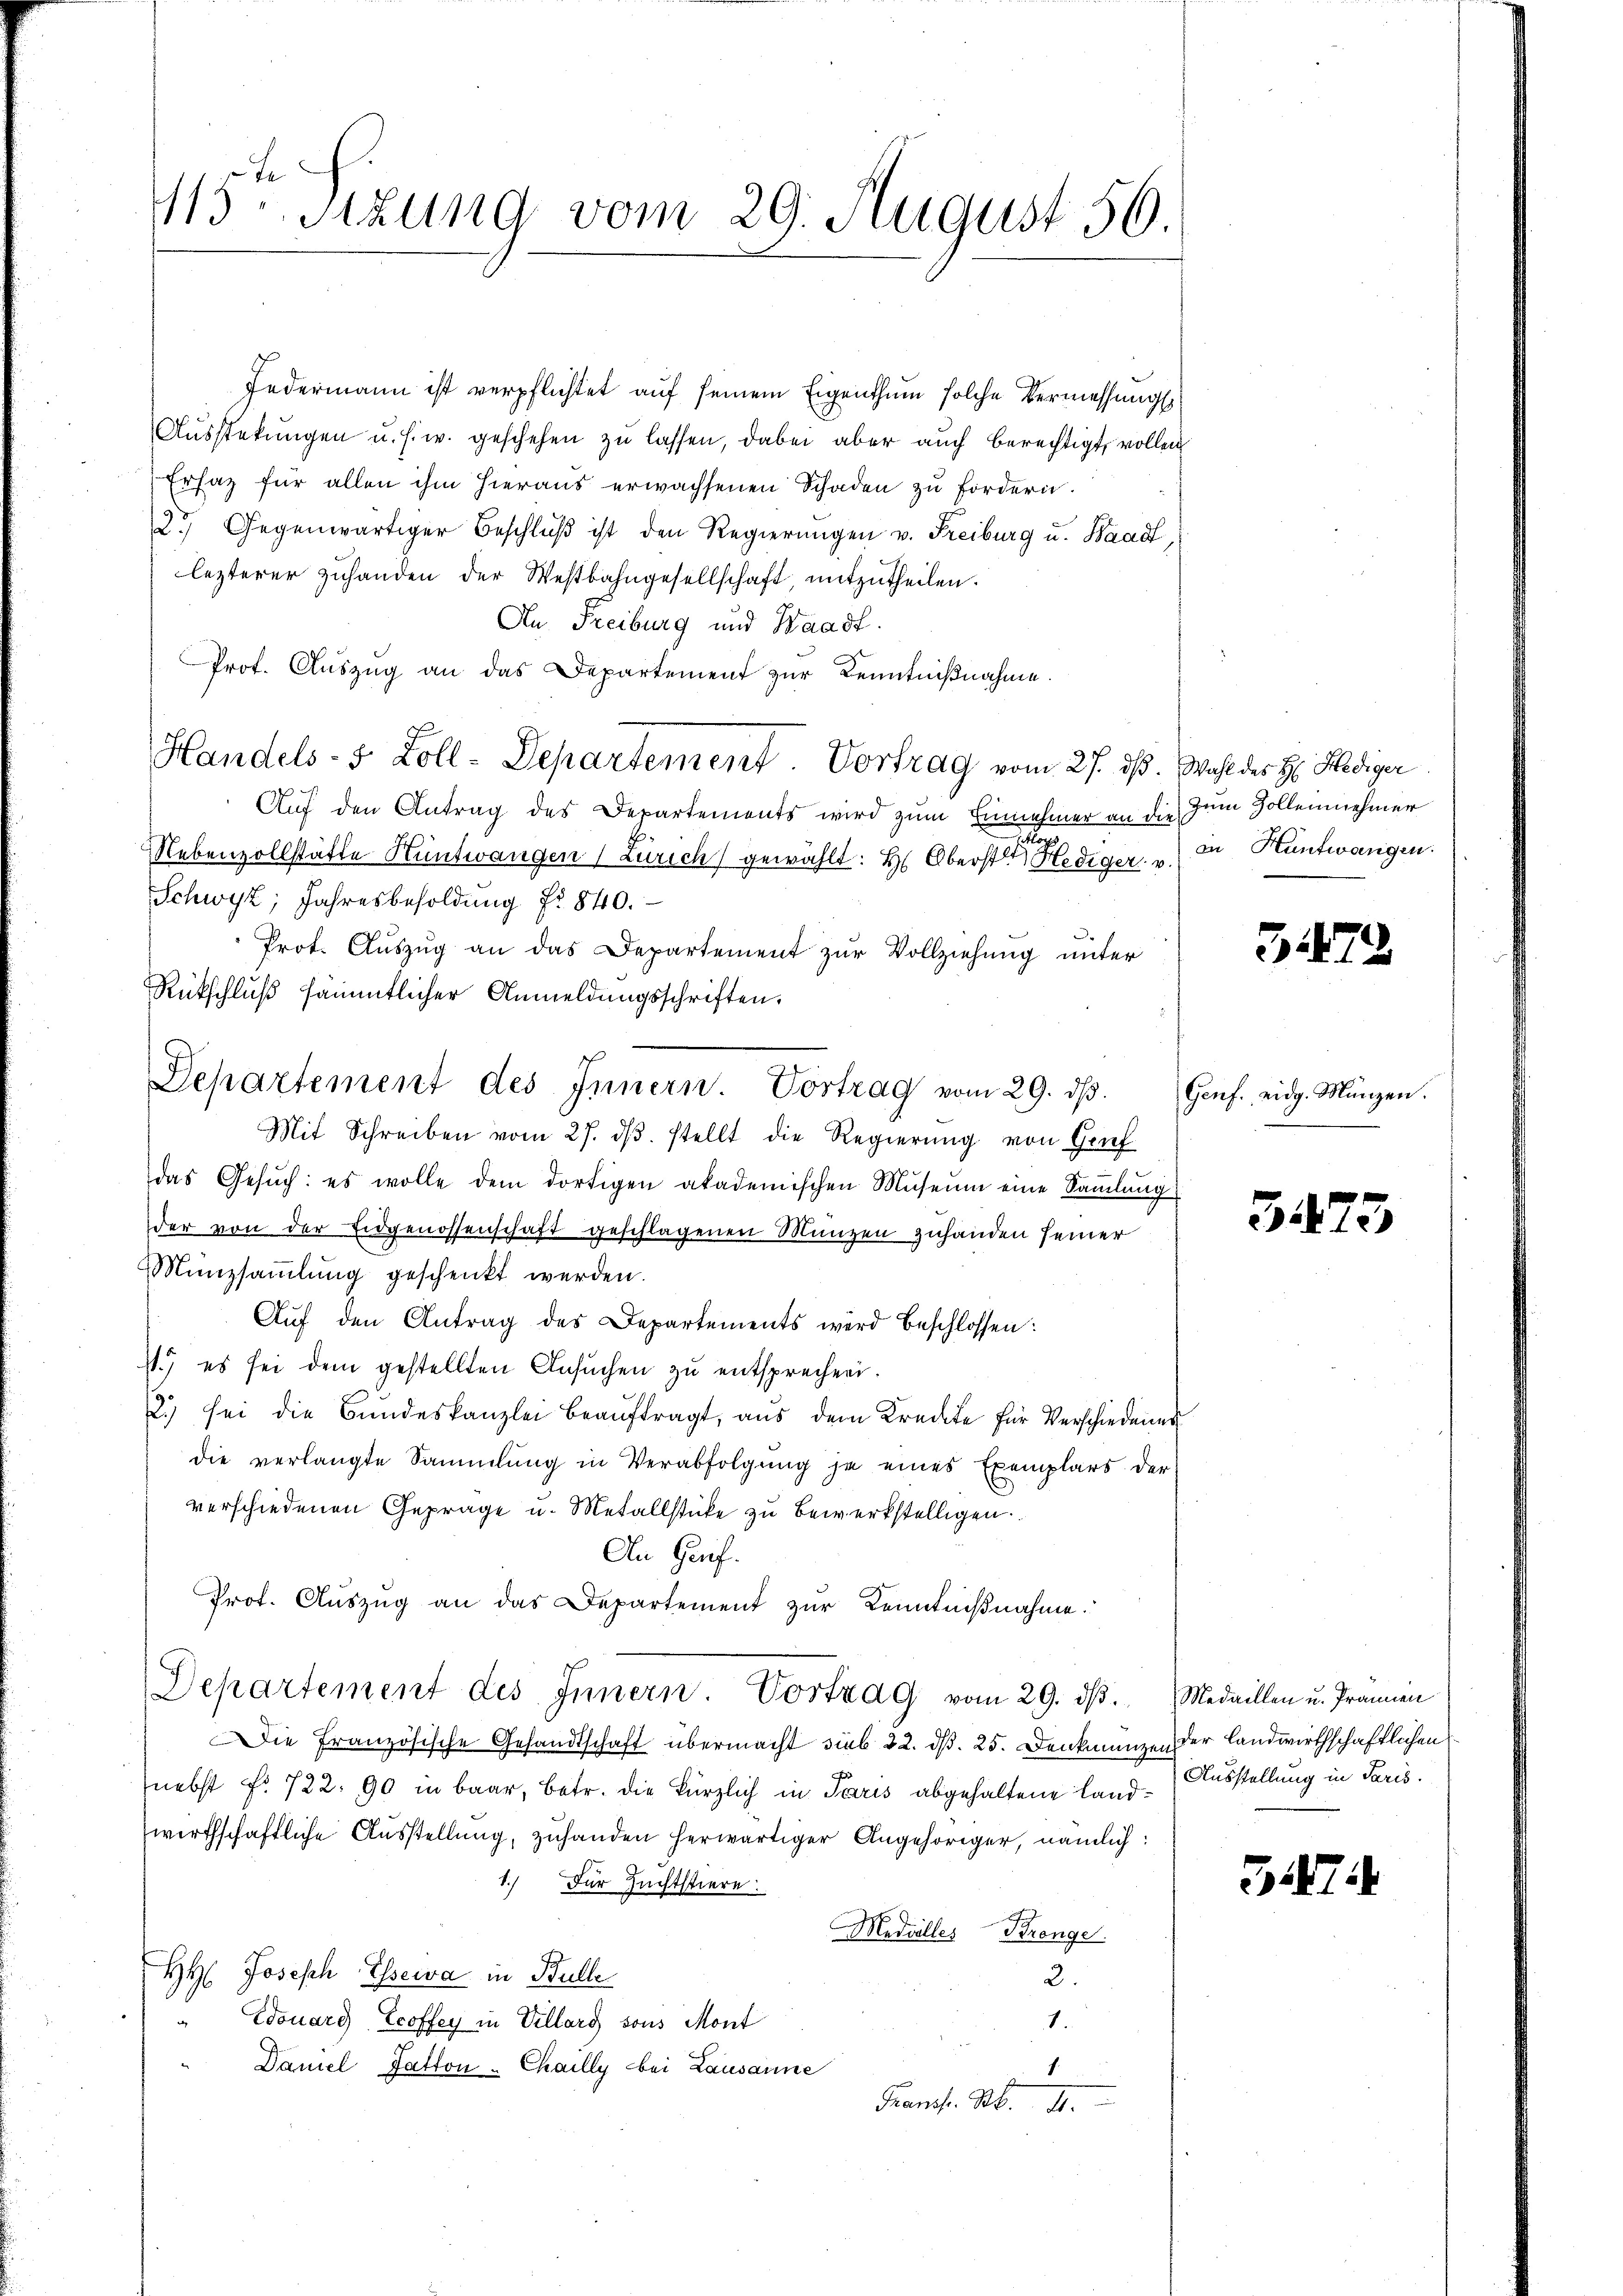
13Stzung vom 29. August 56.

Departement des Innern. Vortrag vom 29. dβ. Genf. eidg. Münzen.

Jedermann ist verpflichtet auf seinem Eigenthum solche Vermessungs
Aŭsstekŭngen u. s. w. geschehen zu lassen, dabei aber auch berechtigt, vollen
Ersaz für allen ihm hieraus erwachsenen Schaden zu fordern.
2.) Gegenwärtiger Beschlŭβ ist den Regierungen v. Freiburg u. Baad,
lezterer Zuhanden der Westbahngesellschaft, mitzutheilen.
An Freiburg und Waadt.
Prof. Auszug an das Departement zur Kenntnißnahme.
Handels- & Zoll-Departement. Vortrag vom 27. ds. Wahl des H. Hediger
Auf den Antrag des Departements wird zum Einnehmer an die zum Zollennehmer
n
Nebenvollstätte Hüntwangen (Zürich gewählt: H: Oberst Hediger u. in Hüntwangen.
Schwyz; Jahresbesoldung No 840.
Prot. Auszug an das Departement zur Vollziehung unter
Rückschluß sämmtlicher Anmeldungsschriften.
Mit Schreiben vom 27. dβ. stellt die Regierŭng von Gruf
das Gesŭch: es wolle dem dortigen akademischen Museum eine Saṁlŭng
der von der Eidgenossenschaft geschlagenen Manzen zuhanden seiner
Münzsaṁlŭng geschenkt werden.
Aŭf den Antrag des Departements wird beschlossen:
11.) es sei dem gestellten Ansŭchen zŭ entsprechen.
2.) sei die Bŭndeskanzlei beaŭftragt, aŭs dem Kredite für Verschiedenes
die verlangte Sammlung in Verabfolgung je eines Exemplars der
verschiedenen Gepräge u. Metallstücke zu bewerkstelligen.
An Gruf.
Prof. Aŭszŭg an das Departement zŭr Kenntniβnahme.
Departement des Innern Vortrag vom 29. dβ. Medaillen u. Prämien
Die Französische Gesandtschaft übermacht sieb 22. d. 25. Denkmanzen der Landwirthschaftlichen
nebst fr. 722. 90 in baar, betr. die kürzlich in Paris abgehaltene Land-Ausstellung in Paris.
wirthschaftliche Ausstellung, zuhanden herwärtiger Angehöriger, nämlich:
1.) Der Zuchtstiere:
Modvelles Brenge
HH: Joseph Esseiva in Bulle
2.
Douard Ecoffey in Villarg sons Mont
1.
Daniel Fatton-Chailly bei Lausanne
1.
Pram. Ab. II.

372

142

3

374